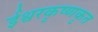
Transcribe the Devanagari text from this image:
ईश्वरकृष्णकृत